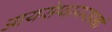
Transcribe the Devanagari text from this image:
आयसेष्वायसानां